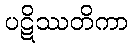
ပဋိဿတိကာ